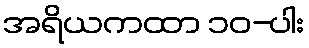
အရိယကထာ ၁၀-ပါး